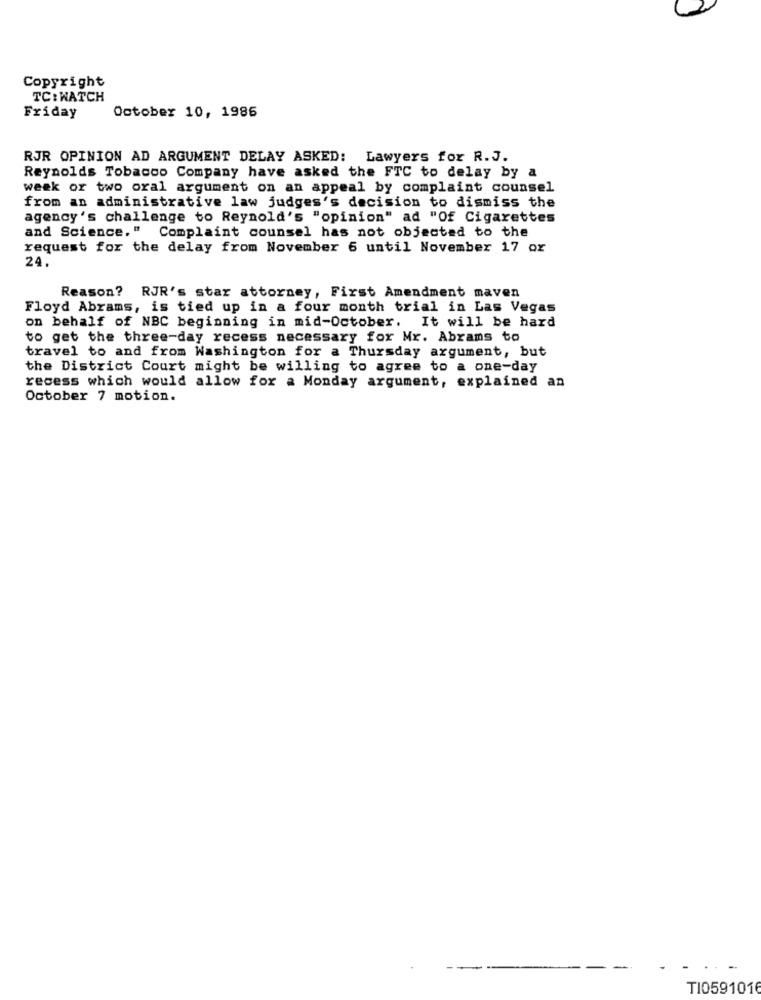
Copyright
TC: WATCH
Friday
October 10, 1986
RJR OPINION AD ARGUMENT DELAY ASKED: Lawyers for R.J.
Reynolds Tobacco Company have asked the FTC to delay by a
week or two oral argument on an appeal by complaint counsel
from an administrative law judges's decision to dismiss the
agency's challenge to Reynold's "opinion" ad "Of Cigarettes
and Science," Complaint counsel has not objected to the
request for the delay from November 6 until November 17 or
24.
Reason? RJR's star attorney, First Amendment maven
Floyd Abrams, is tied up in a four month trial in Las Vegas
on behalf of NBC beginning in mid-October. It will be hard
to get the three-day recess necessary for Mr. Abrams to
travel to and from Washington for a Thursday argument, but
the District Court might be willing to agree to a one-day
recess which would allow for a Monday argument, explained an
October 7 motion.
T10591016